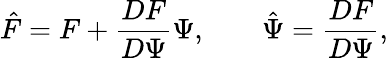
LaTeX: \hat{F}=F+\frac{DF}{D\Psi}\Psi,\; \; \; \; \; \; \; \hat{\Psi}=\frac{DF}{D\Psi},